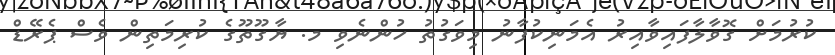
ކުރުމަށް ގޮވާލާފައިވާއިރު އެމަނިކުފާނު މިވަގުތު ހުންނެވި މ. ޔާގޫތޫގެ ކުރިމަތިން ވެސް ޕެރޭޑް